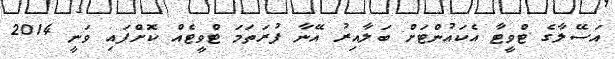
އަސޭލާގެ ޓްވީޓާ އެކައުންޓަށް ބަލާއިރު އޭނާ ފުރަތަމަ ޓްވީޓެއް ކޮށްފައި ވަނީ 2014